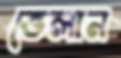
ভেলান